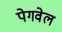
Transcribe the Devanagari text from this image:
पेगवेल